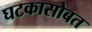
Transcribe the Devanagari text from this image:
घटकासोबत